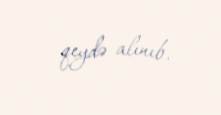
qeydə alınıb.